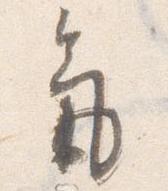
気